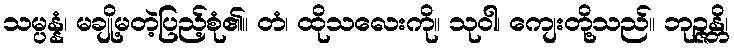
သမ္ပန္နံ၊ မချို့မတဲ့ပြည့်စုံ၏။ တံ၊ ထိုသလေးကို။ သုဝါ၊ ကျေးတို့သည်။ ဘုဉ္ဇန္တိ၊